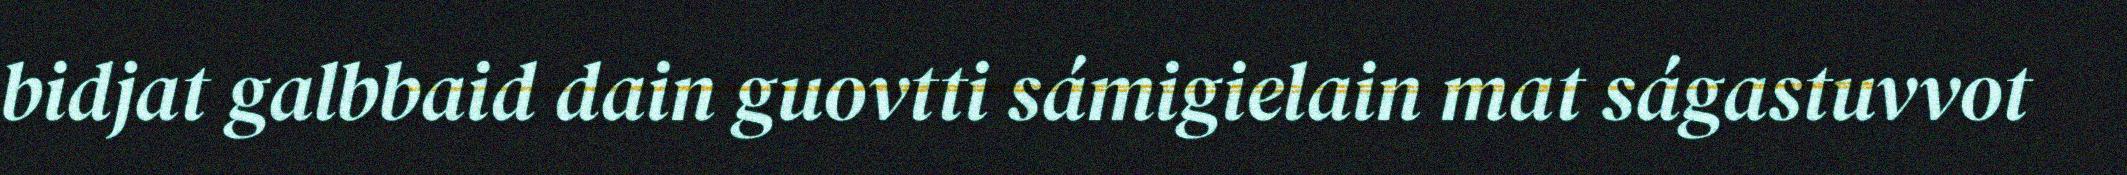
bidjat galbbaid dain guovtti sámigielain mat ságastuvvot